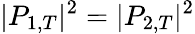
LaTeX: |P_{1,T}|^{2}=|P_{2,T}|^{2}